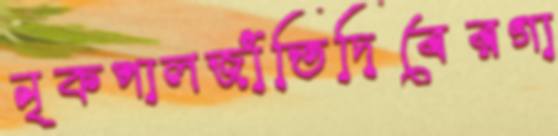
নৃকপালজাঁতিদিবেরগা